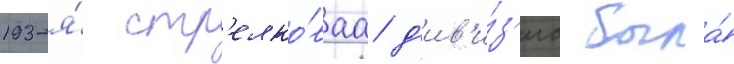
193-я́ стр'елко́ваа д'ив'и́з'иа была́